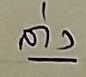
ล่าง